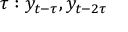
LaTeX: \tau : y _ { t - \tau } , y _ { t - 2 \tau }